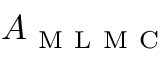
A _ { \mathrm { ~ M ~ L ~ M ~ C ~ } }